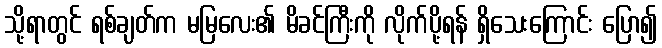
သို့ရာတွင် ရစ်ချတ်က မမြလေး၏ မိခင်ကြီးကို လိုက်ပို့ရန် ရှိသေးကြောင်း ပြော၍